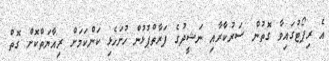
އެ ރިޕޯޓުގައިވާ ގޮތުން ސަރުކާރާއި ނަޝީދުގެ ފަރާތްޕުޅުން ހުށަހެޅި ކަންކަމަށް ރިއާޔަތްކޮށް ގޮތް